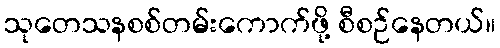
သုတေသနစစ်တမ်းကောက်ဖို့ စီစဉ်နေတယ်။